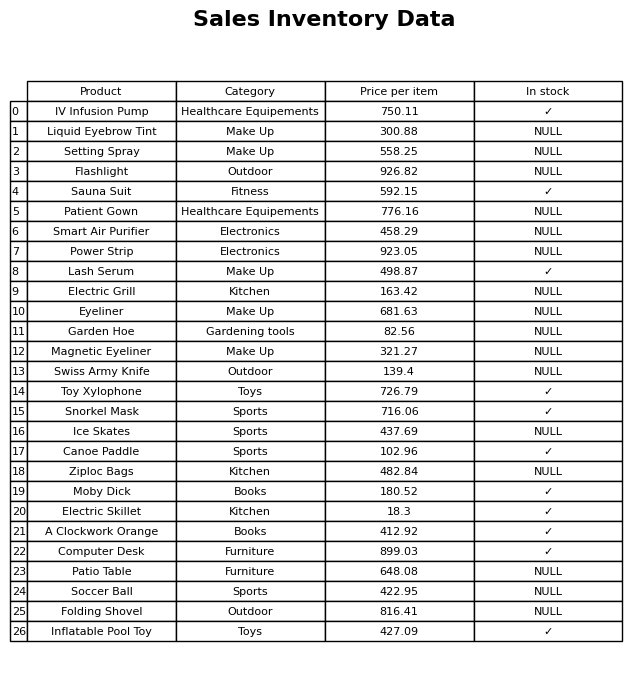
question: What is the price for Toy Xylophone?
answer: The price of Toy Xylophone is 726.79.